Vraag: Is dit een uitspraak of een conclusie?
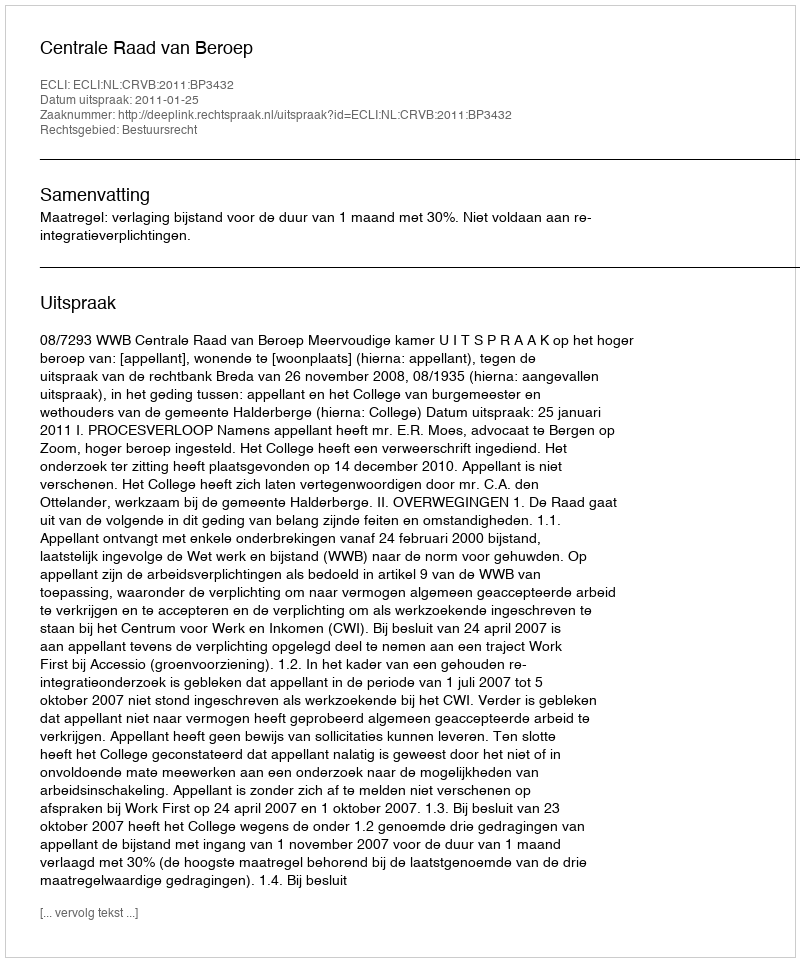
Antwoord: Uitspraak